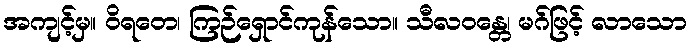
အကျင့်မှ။ ဝိရတေ၊ ကြဉ်ရှောင်ကုန်သော။ သီလဝန္တေ၊ မဂ်ဖြင့် လာသော